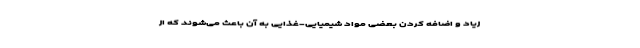
زیاد و اضافه کردن بعضی مواد شیمیایی-غذایی به آن باعث می‌شوند که از